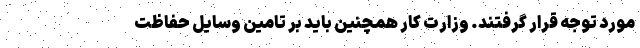
مورد توجه قرار گرفتند. وزارت کار همچنین باید بر تامین وسایل حفاظت